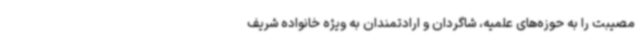
مصیبت را به حوزه‌های علمیه، شاگردان و ارادتمندان به ویژه خانواده شریف